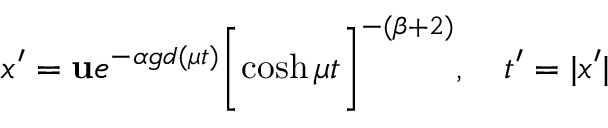
x ^ { \prime } = { \bf u } e ^ { - \alpha g d ( \mu t ) } \biggl [ \cosh { \mu t } \biggr ] ^ { - ( \beta + 2 ) } , ~ ~ ~ t ^ { \prime } = | x ^ { \prime } |